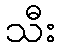
သီး